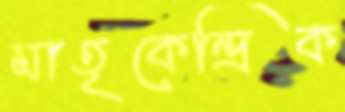
মাতৃকেন্দ্রিক